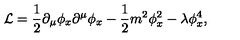
{ \cal L } = { \frac { 1 } { 2 } } \partial _ { \mu } \phi _ { x } \partial ^ { \mu } \phi _ { x } - { \frac { 1 } { 2 } } m ^ { 2 } \phi _ { x } ^ { 2 } - \lambda \phi _ { x } ^ { 4 } ,